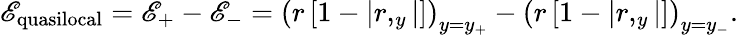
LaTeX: \mathscr{E}_{\mathrm{{quasilocal}}}=\mathscr{E}_{+}-\mathscr{E}_{-}=\left(r\left[1-\left|r,_{y}\right|\right]\right)_{y=y_{+}}-\left(r\left[1-\left|r,_{y}\right|\right]\right)_{y=y_{-}}.